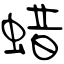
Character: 蜡